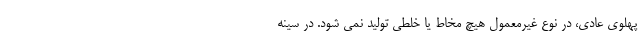
پهلوی عادی، در نوع غیرمعمول هیچ مخاط یا خلطی تولید نمی شود. در سینه